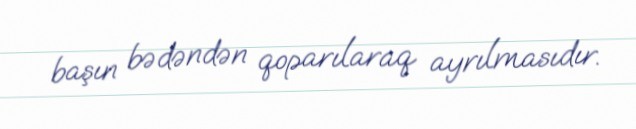
başın bədəndən qoparılaraq ayrılmasıdır.